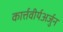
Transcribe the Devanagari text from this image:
कार्त्तवीर्यअर्जुन